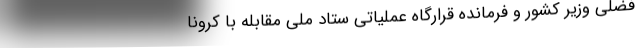
فضلی وزیر کشور و فرمانده قرارگاه عملیاتی ستاد ملی مقابله با کرونا